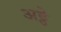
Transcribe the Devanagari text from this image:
अट्ठे